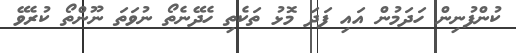
ކުންފުނިން ހަދަމުން އައި ފަދަ މޮޅު ތަކެތި ހެދޭނެތޯ ނުވަތަ ނޫންތޯ ކުރެވޭ